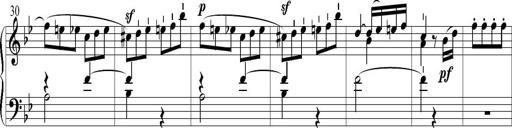
Title: 6 Leichte Sonatinen, Teil 1
Composer: F. Sigismund Sander